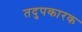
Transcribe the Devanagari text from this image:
तदुपकारक